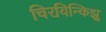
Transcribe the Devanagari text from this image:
चिरयिन्किझु